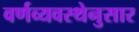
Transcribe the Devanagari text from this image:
वर्णव्यवस्थेनुसार